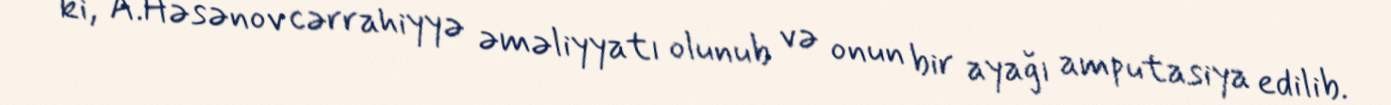
ki, A.Həsənov cərrahiyyə əməliyyatı olunub və onun bir ayağı amputasiya edilib.